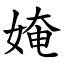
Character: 㛪